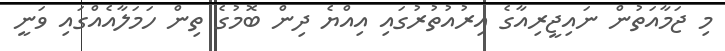
މި ޖަމާއަތުން ނައިޖީރިއާގެ އިރުއުތުރުގައި އިއްޔެ ދިން ބޮމުގެ ތިން ހަމަލާއެއްގައި ވަނީ